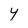
Character: Y